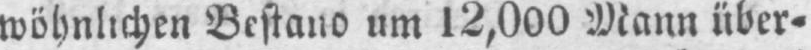
wöhnlichen Bestand um 12,000 Mann über⸗